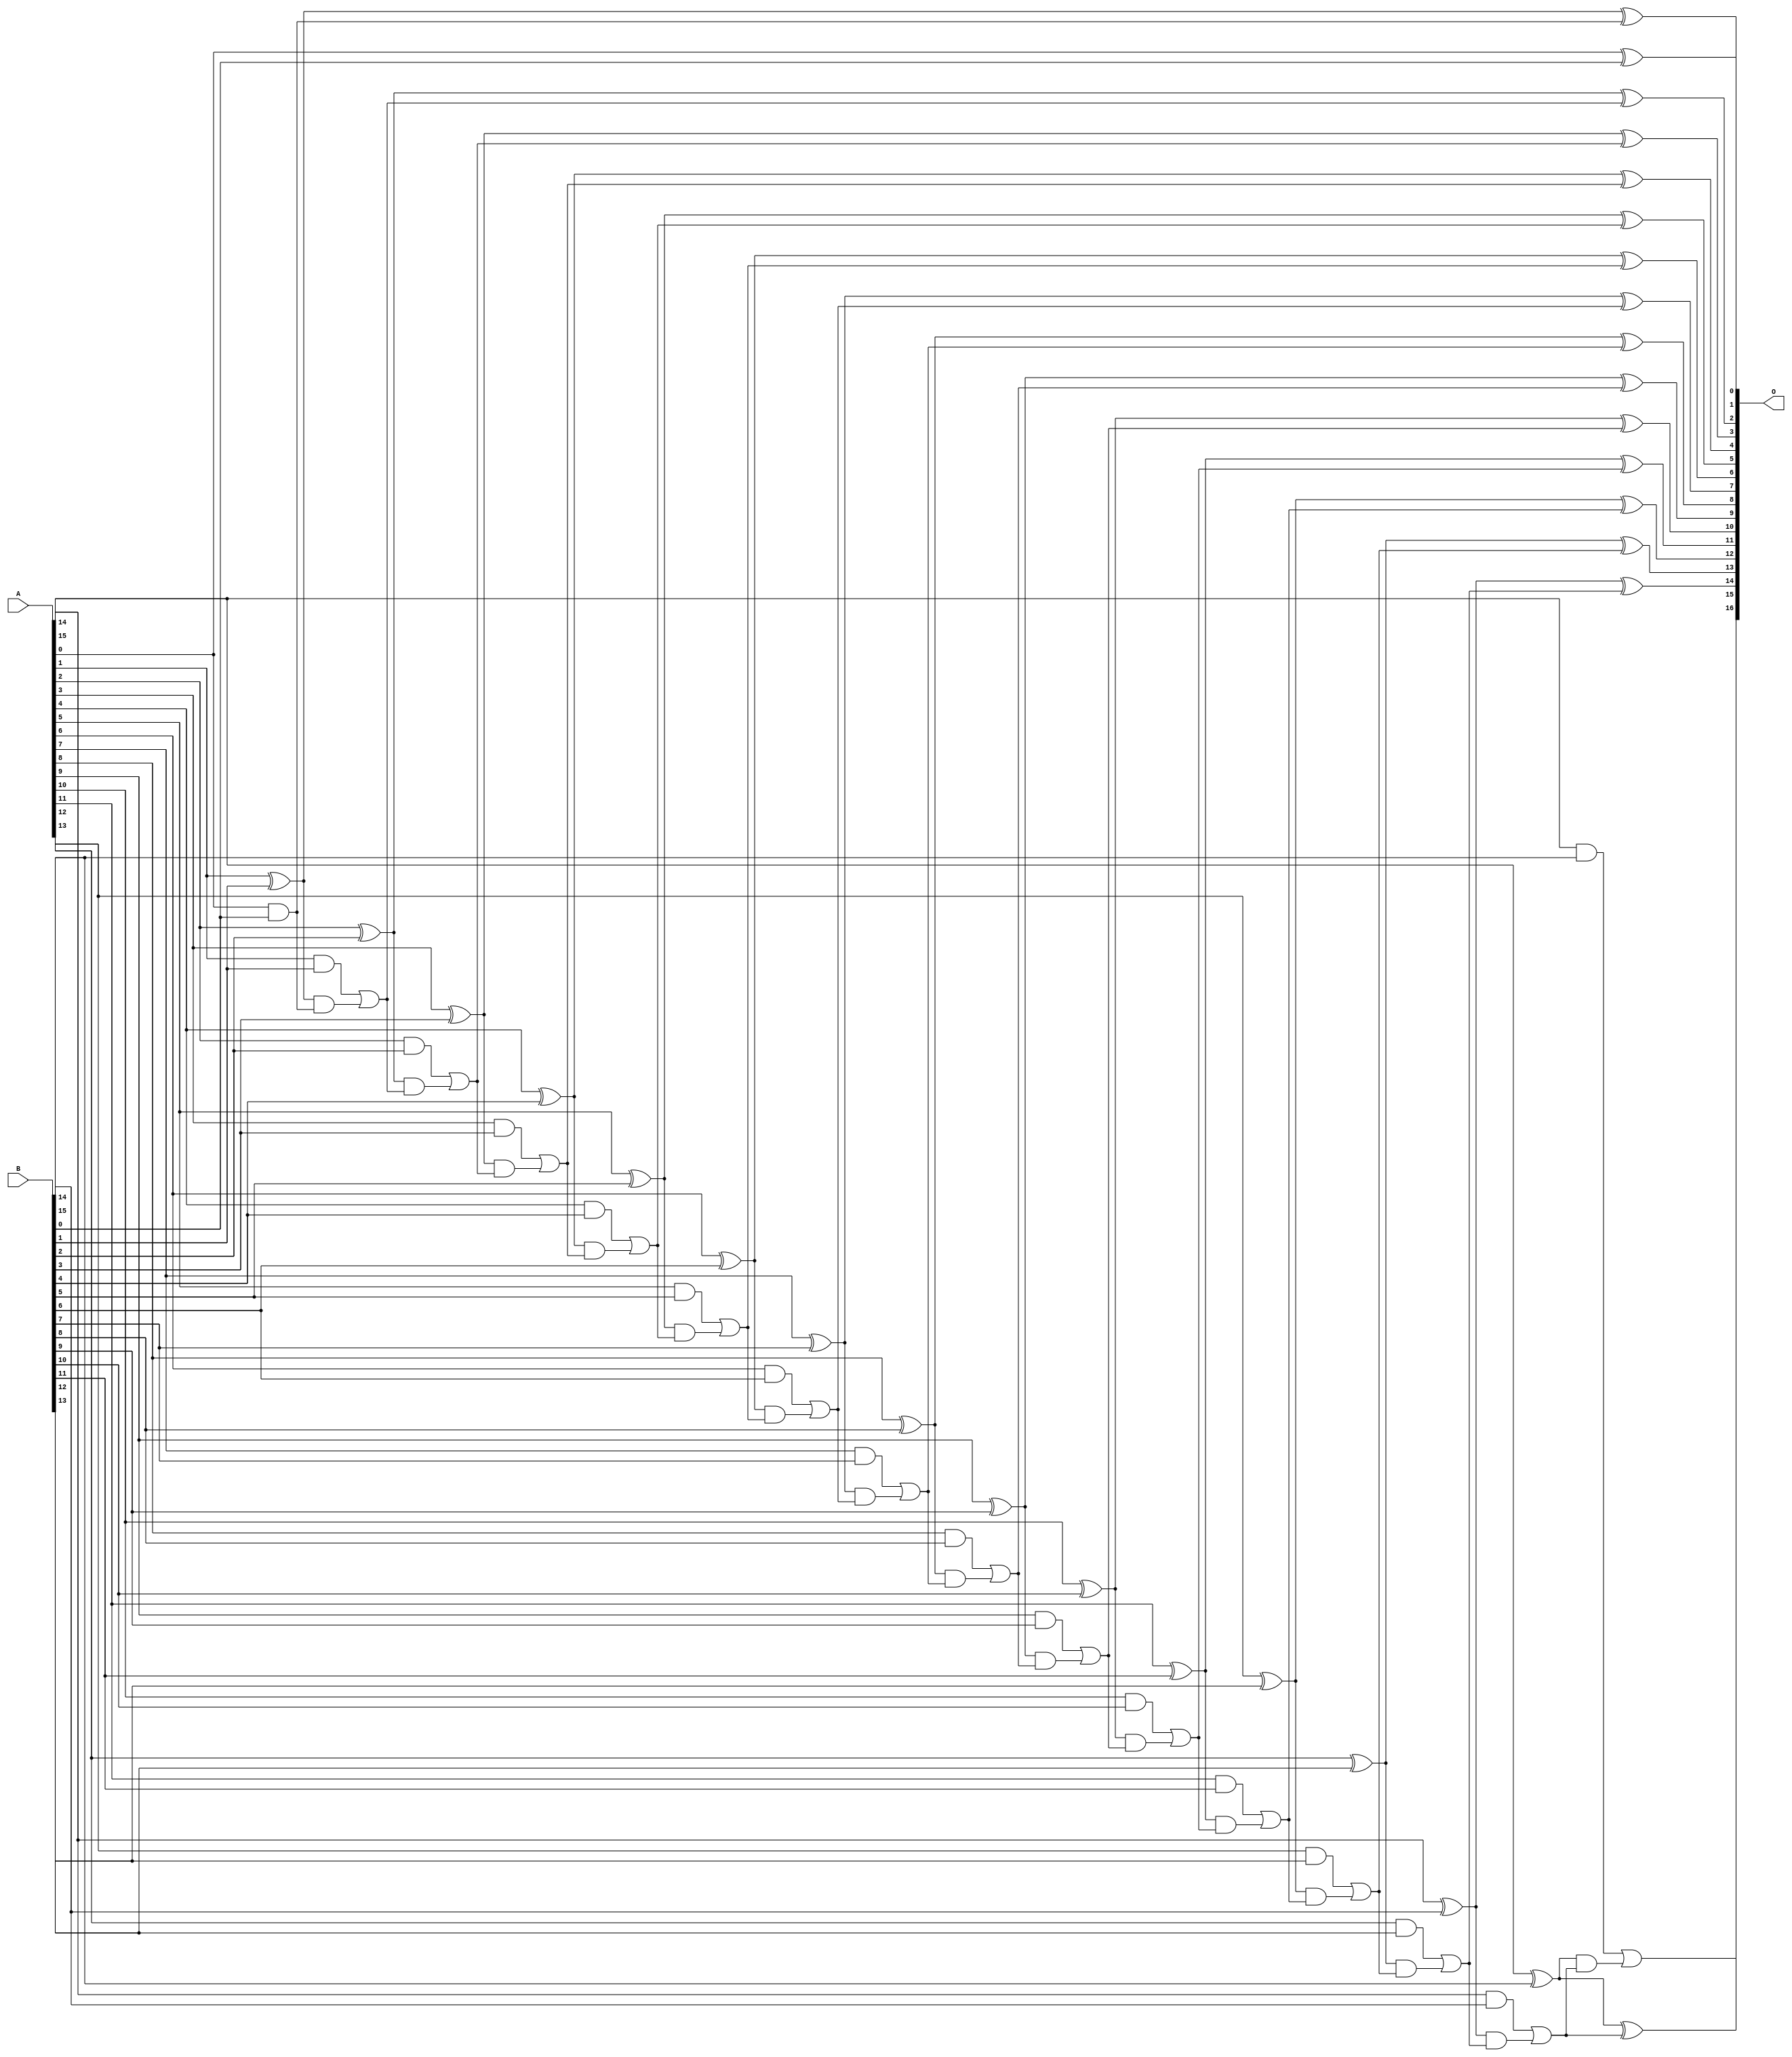
/***
* This code is a part of EvoApproxLib library (ehw.fit.vutbr.cz/approxlib) distributed under The MIT License.
* When used, please cite the following article(s): V. Mrazek, L. Sekanina, Z. Vasicek "Libraries of Approximate Circuits: Automated Design and Application in CNN Accelerators" IEEE Journal on Emerging and Selected Topics in Circuits and Systems, Vol 10, No 4, 2020 
* This file contains a circuit from a sub-set of pareto optimal circuits with respect to the pwr and mae parameters
***/
// MAE% = 0.00 %
// MAE = 0 
// WCE% = 0.00 %
// WCE = 0 
// WCRE% = 0.00 %
// EP% = 0.00 %
// MRE% = 0.00 %
// MSE = 0 
// PDK45_PWR = 0.072 mW
// PDK45_AREA = 141.7 um2
// PDK45_DELAY = 1.28 ns


module add16u_1E2(A, B, O);
  input [15:0] A, B;
  output [16:0] O;
  wire sig_33, sig_34, sig_35, sig_36, sig_38, sig_39;
  wire sig_40, sig_41, sig_43, sig_44, sig_45, sig_46;
  wire sig_48, sig_49, sig_50, sig_51, sig_53, sig_54;
  wire sig_55, sig_56, sig_58, sig_59, sig_60, sig_61;
  wire sig_63, sig_64, sig_65, sig_66, sig_68, sig_69;
  wire sig_70, sig_71, sig_73, sig_74, sig_75, sig_76;
  wire sig_78, sig_79, sig_80, sig_81, sig_83, sig_84;
  wire sig_85, sig_86, sig_88, sig_89, sig_90, sig_91;
  wire sig_93, sig_94, sig_95, sig_96, sig_98, sig_99;
  wire sig_100, sig_101, sig_103, sig_104, sig_105, sig_106;
  assign O[0] = A[0] ^ B[0];
  assign sig_33 = A[0] & B[0];
  assign sig_34 = A[1] ^ B[1];
  assign sig_35 = A[1] & B[1];
  assign sig_36 = sig_34 & sig_33;
  assign O[1] = sig_34 ^ sig_33;
  assign sig_38 = sig_35 | sig_36;
  assign sig_39 = A[2] ^ B[2];
  assign sig_40 = A[2] & B[2];
  assign sig_41 = sig_39 & sig_38;
  assign O[2] = sig_39 ^ sig_38;
  assign sig_43 = sig_40 | sig_41;
  assign sig_44 = A[3] ^ B[3];
  assign sig_45 = A[3] & B[3];
  assign sig_46 = sig_44 & sig_43;
  assign O[3] = sig_44 ^ sig_43;
  assign sig_48 = sig_45 | sig_46;
  assign sig_49 = A[4] ^ B[4];
  assign sig_50 = A[4] & B[4];
  assign sig_51 = sig_49 & sig_48;
  assign O[4] = sig_49 ^ sig_48;
  assign sig_53 = sig_50 | sig_51;
  assign sig_54 = A[5] ^ B[5];
  assign sig_55 = A[5] & B[5];
  assign sig_56 = sig_54 & sig_53;
  assign O[5] = sig_54 ^ sig_53;
  assign sig_58 = sig_55 | sig_56;
  assign sig_59 = A[6] ^ B[6];
  assign sig_60 = A[6] & B[6];
  assign sig_61 = sig_59 & sig_58;
  assign O[6] = sig_59 ^ sig_58;
  assign sig_63 = sig_60 | sig_61;
  assign sig_64 = A[7] ^ B[7];
  assign sig_65 = A[7] & B[7];
  assign sig_66 = sig_64 & sig_63;
  assign O[7] = sig_64 ^ sig_63;
  assign sig_68 = sig_65 | sig_66;
  assign sig_69 = A[8] ^ B[8];
  assign sig_70 = A[8] & B[8];
  assign sig_71 = sig_69 & sig_68;
  assign O[8] = sig_69 ^ sig_68;
  assign sig_73 = sig_70 | sig_71;
  assign sig_74 = A[9] ^ B[9];
  assign sig_75 = A[9] & B[9];
  assign sig_76 = sig_74 & sig_73;
  assign O[9] = sig_74 ^ sig_73;
  assign sig_78 = sig_75 | sig_76;
  assign sig_79 = A[10] ^ B[10];
  assign sig_80 = A[10] & B[10];
  assign sig_81 = sig_79 & sig_78;
  assign O[10] = sig_79 ^ sig_78;
  assign sig_83 = sig_80 | sig_81;
  assign sig_84 = A[11] ^ B[11];
  assign sig_85 = A[11] & B[11];
  assign sig_86 = sig_84 & sig_83;
  assign O[11] = sig_84 ^ sig_83;
  assign sig_88 = sig_85 | sig_86;
  assign sig_89 = A[12] ^ B[12];
  assign sig_90 = A[12] & B[12];
  assign sig_91 = sig_89 & sig_88;
  assign O[12] = sig_89 ^ sig_88;
  assign sig_93 = sig_90 | sig_91;
  assign sig_94 = A[13] ^ B[13];
  assign sig_95 = A[13] & B[13];
  assign sig_96 = sig_94 & sig_93;
  assign O[13] = sig_94 ^ sig_93;
  assign sig_98 = sig_95 | sig_96;
  assign sig_99 = A[14] ^ B[14];
  assign sig_100 = A[14] & B[14];
  assign sig_101 = sig_99 & sig_98;
  assign O[14] = sig_99 ^ sig_98;
  assign sig_103 = sig_100 | sig_101;
  assign sig_104 = A[15] ^ B[15];
  assign sig_105 = A[15] & B[15];
  assign sig_106 = sig_104 & sig_103;
  assign O[15] = sig_104 ^ sig_103;
  assign O[16] = sig_105 | sig_106;
endmodule